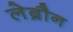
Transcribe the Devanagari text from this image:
लेब्रौन